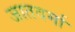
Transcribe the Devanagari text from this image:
जातवर्मा